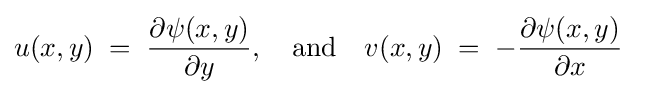
u(x,y)\;=\;{\frac {\partial \psi (x,y)}{\partial y}},\quad {\rm {and}}\quad v(x,y)\;=\;-{\frac {\partial \psi (x,y)}{\partial x}}\quad